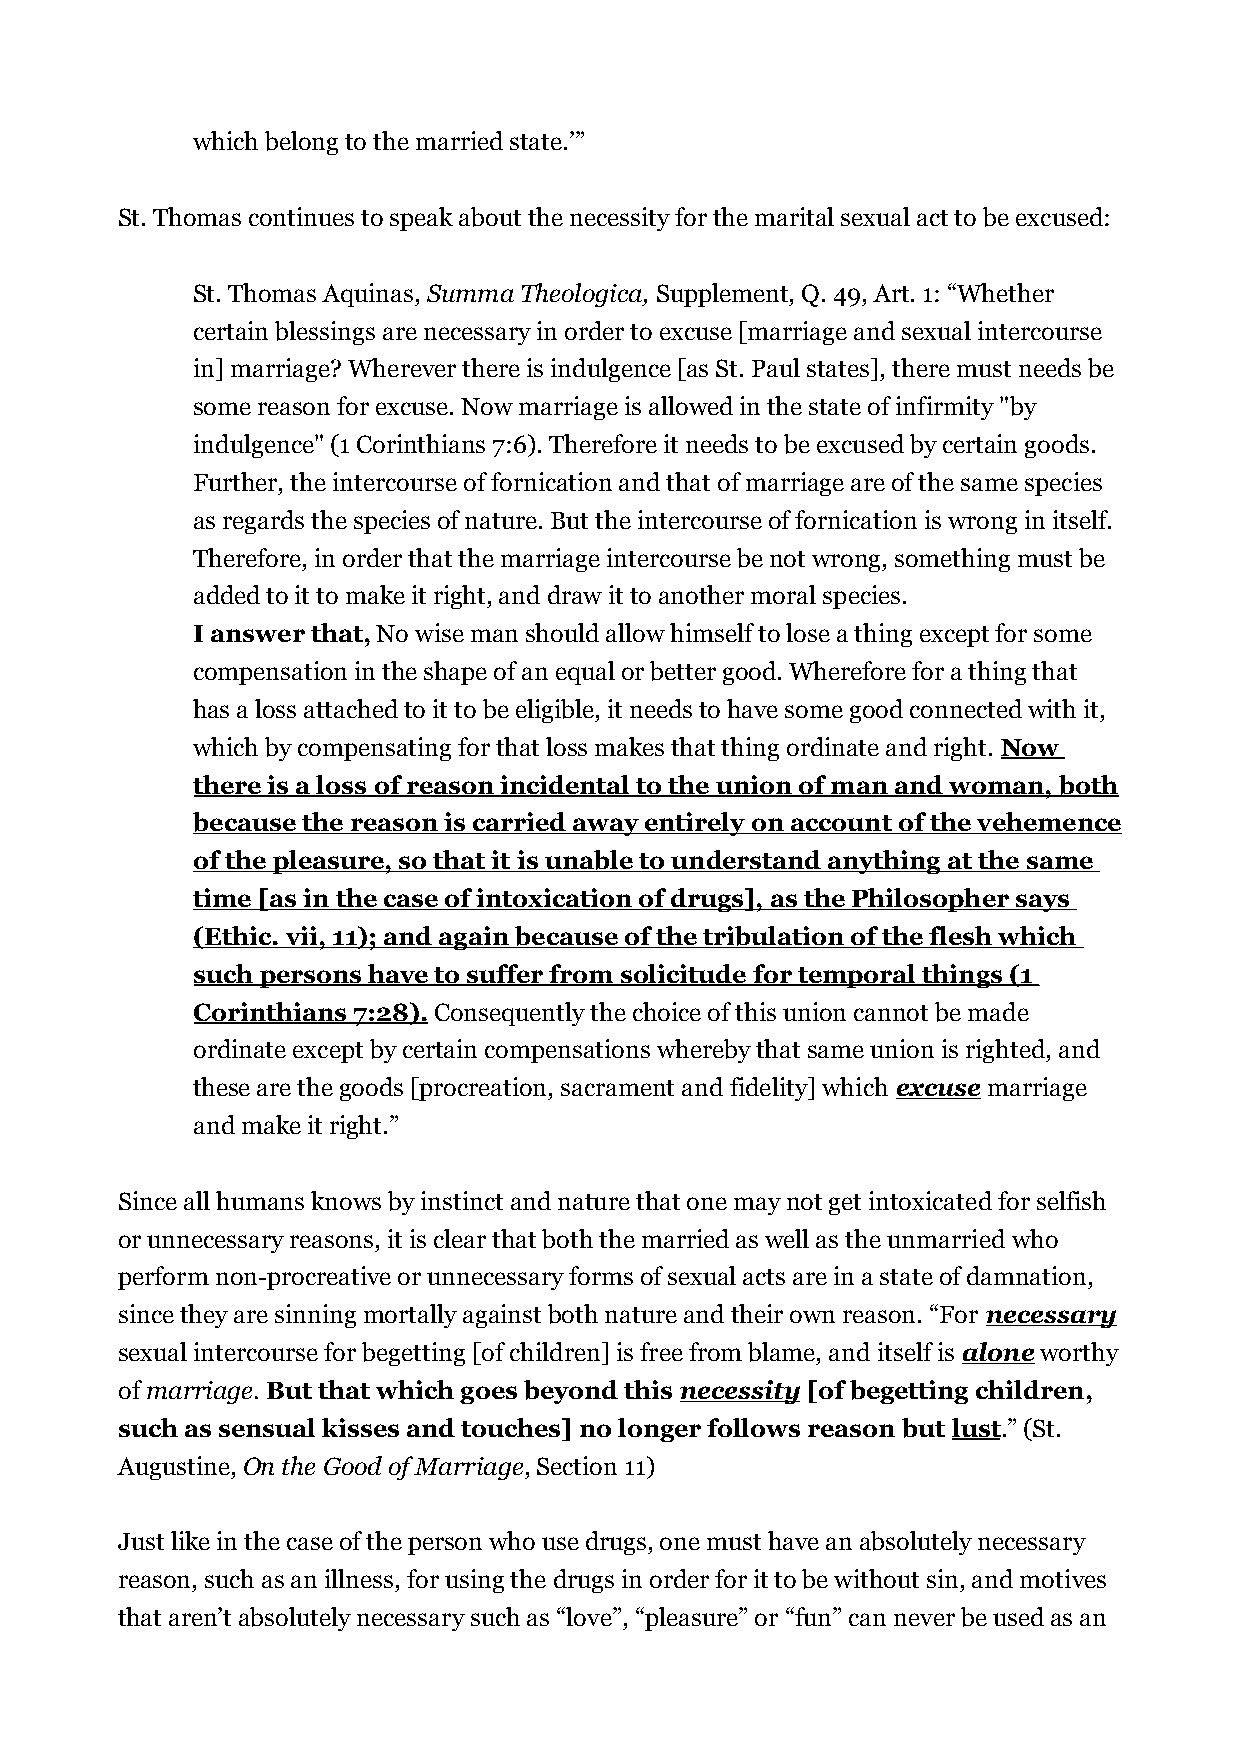
which belong to the married state.’”
 St. Thomas continues to speak about the necessity for the marital sexual act to be excused:
 St. Thomas Aquinas, Summa Theologica, Supplement, Q. 49, Art. 1: “Whether
 certain blessings are necessary in order to excuse [marriage and sexual intercourse
 in] marriage? Wherever there is indulgence [as St. Paul states], there must needs be
 some reason for excuse. Now marriage is allowed in the state of infirmity "by
 indulgence" (1 Corinthians 7:6). Therefore it needs to be excused by certain goods.
 Further, the intercourse of fornication and that of marriage are of the same species
 as regards the species of nature. But the intercourse of fornication is wrong in itself.
 Therefore, in order that the marriage intercourse be not wrong, something must be
 added to it to make it right, and draw it to another moral species.
 I answer that, No wise man should allow himself to lose a thing except for some
 compensation in the shape of an equal or better good. Wherefore for a thing that
 has a loss attached to it to be eligible, it needs to have some good connected with it,
 which by compensating for that loss makes that thing ordinate and right. Now
 there is a loss of reason incidental to the union of man and woman, both
 because the reason is carried away entirely on account of the vehemence
 of the pleasure, so that it is unable to understand anything at the same
 time [as in the case of intoxication of drugs], as the Philosopher says
 (Ethic. vii, 11); and again because of the tribulation of the flesh which
 such persons have to suffer from solicitude for temporal things (1
 Corinthians 7:28). Consequently the choice of this union cannot be made
 ordinate except by certain compensations whereby that same union is righted, and
 these are the goods [procreation, sacrament and fidelity] which excuse marriage
 and make it right.”
 Since all humans knows by instinct and nature that one may not get intoxicated for selfish
 or unnecessary reasons, it is clear that both the married as well as the unmarried who
 perform non-procreative or unnecessary forms of sexual acts are in a state of damnation,
 since they are sinning mortally against both nature and their own reason. “For necessary
 sexual intercourse for begetting [of children] is free from blame, and itself is alone worthy
 of marriage. But that which goes beyond this necessity [of begetting children,
 such as sensual kisses and touches] no longer follows reason but lust.” (St.
 Augustine, On the Good of Marriage, Section 11)
 Just like in the case of the person who use drugs, one must have an absolutely necessary
 reason, such as an illness, for using the drugs in order for it to be without sin, and motives
 that aren’t absolutely necessary such as “love”, “pleasure” or “fun” can never be used as an